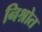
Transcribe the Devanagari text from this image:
निश्रोत